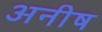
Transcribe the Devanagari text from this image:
अनीष